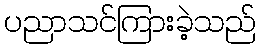
ပညာသင်ကြားခဲ့သည်